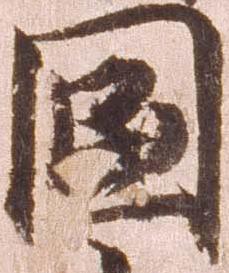
国